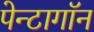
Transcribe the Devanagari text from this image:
पेन्टागॉन